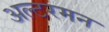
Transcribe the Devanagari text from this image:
अल्टरमन